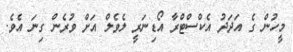
މީހުން ގެ އަދަދު އެކްސްޓްރާ އޯޑިނަރީ ލެވެލް އަށް ވުރެން ގިނަ އެވެ.